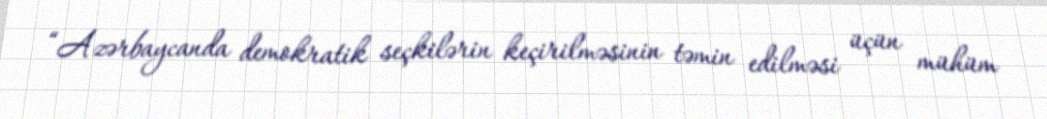
“Azərbaycanda demokratik seçkilərin keçirilməsinin təmin edilməsi üçün mühüm